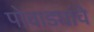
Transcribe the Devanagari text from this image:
पोवाड्यांचेे